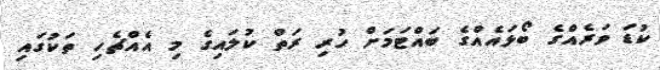
ކުޑަ ވަރެއްގެ ބޯޅައެއްގެ ބައްޓަމަށް ހުރި ރަތް ކުލައިގެ މި އެއްޗެހި ތަކުގައި